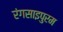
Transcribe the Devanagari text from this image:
रंगसाइपुरम